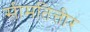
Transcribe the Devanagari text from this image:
सीमतित्तीर